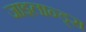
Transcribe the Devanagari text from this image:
जाइलान्ड्स